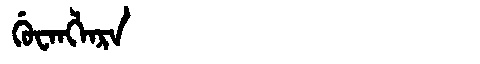
Manchu: ᡤᡠᠸᠠᠩᠯᠠᡵᠠ
Romanization: GUWANGLARA